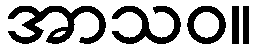
အာသဝ။